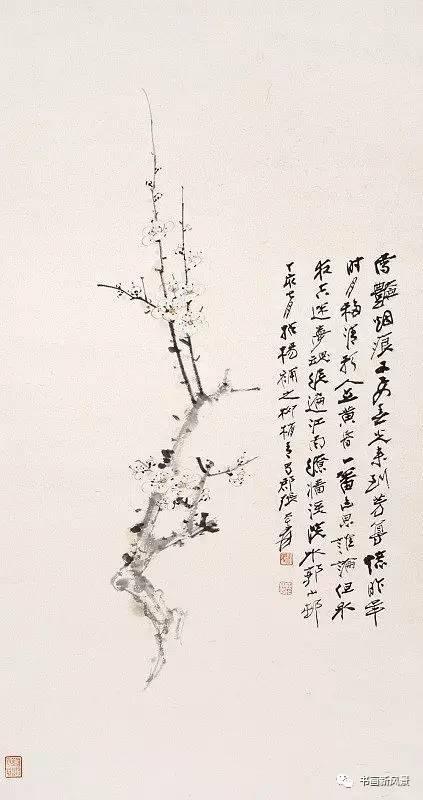
玉骨那愁瘴雾，冰姿自有仙风。